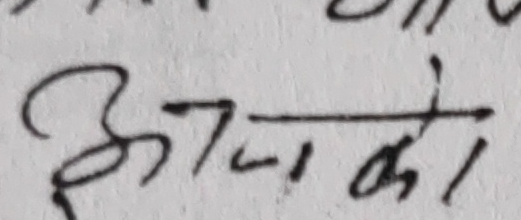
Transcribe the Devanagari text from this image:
अजको